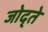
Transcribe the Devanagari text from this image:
जोद्ते